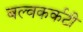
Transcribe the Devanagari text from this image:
बल्वकर्कटी